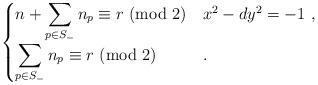
LaTeX: \begin{align*} \begin{cases} n+\displaystyle\sum_ {p \in S_-}n_p \equiv r\ (\mathrm{mod}\ 2) & x^2-dy^2 = -1\ , \\ \displaystyle\sum_ {p \in S_-}n_p \equiv r\ (\mathrm{mod}\ 2) & . \end{cases} \end{align*}